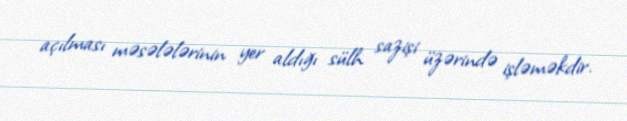
açılması məsələlərinin yer aldığı sülh sazişi üzərində işləməkdir.